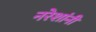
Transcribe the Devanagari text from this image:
नरेशांनी